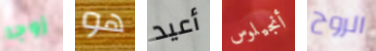
زوجا هو أعيد أنجيلوس الروح